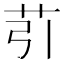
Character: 䒡